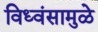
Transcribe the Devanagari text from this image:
विध्वंसामुळे